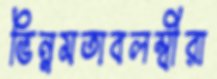
ভিন্নমতাবলম্বীরা